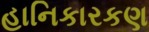
હાનિકારકણ